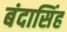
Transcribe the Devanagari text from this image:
बंदासिंह